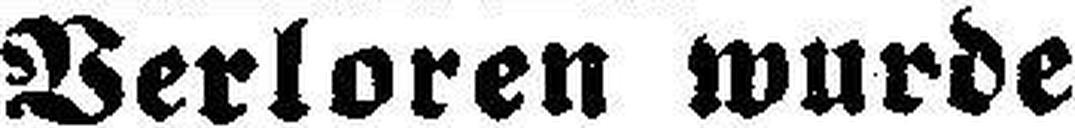
Verloren wurde